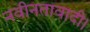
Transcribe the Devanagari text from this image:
नवीनतावादी।